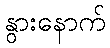
နွားနောက်